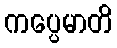
ကပ္ပေမာတိ